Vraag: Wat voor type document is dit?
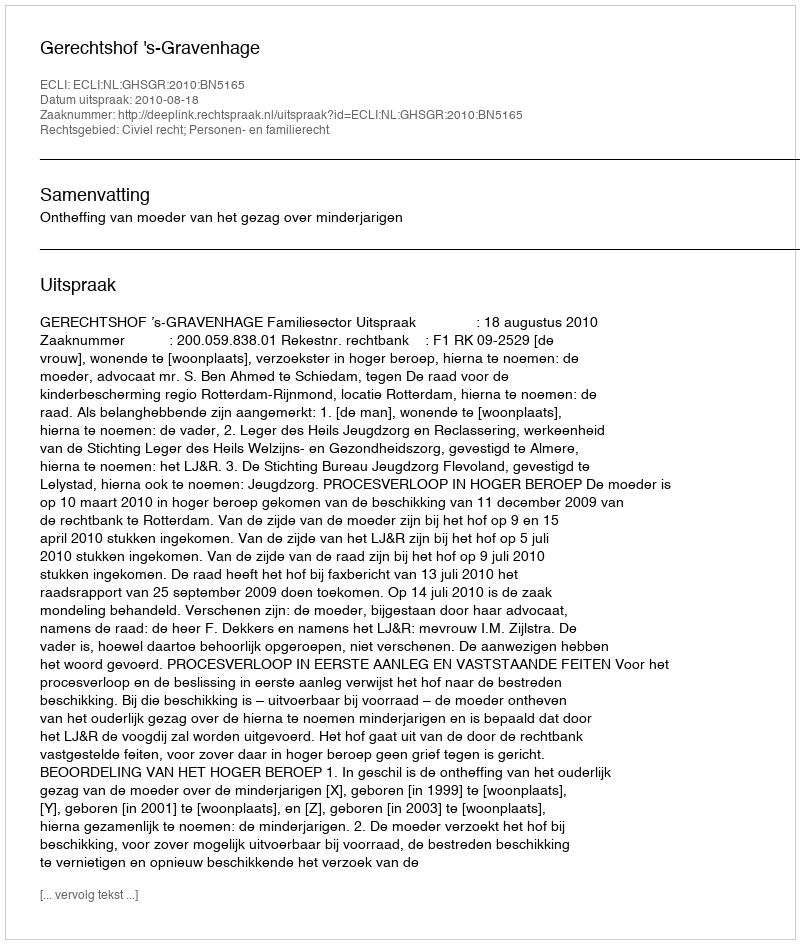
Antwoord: Uitspraak